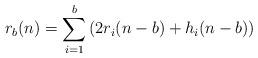
LaTeX: \begin{align*}r_b(n) = \sum_{i=1}^b \left(2 r_i(n-b)+h_i(n-b) \right)\end{align*}